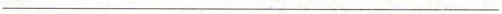
___